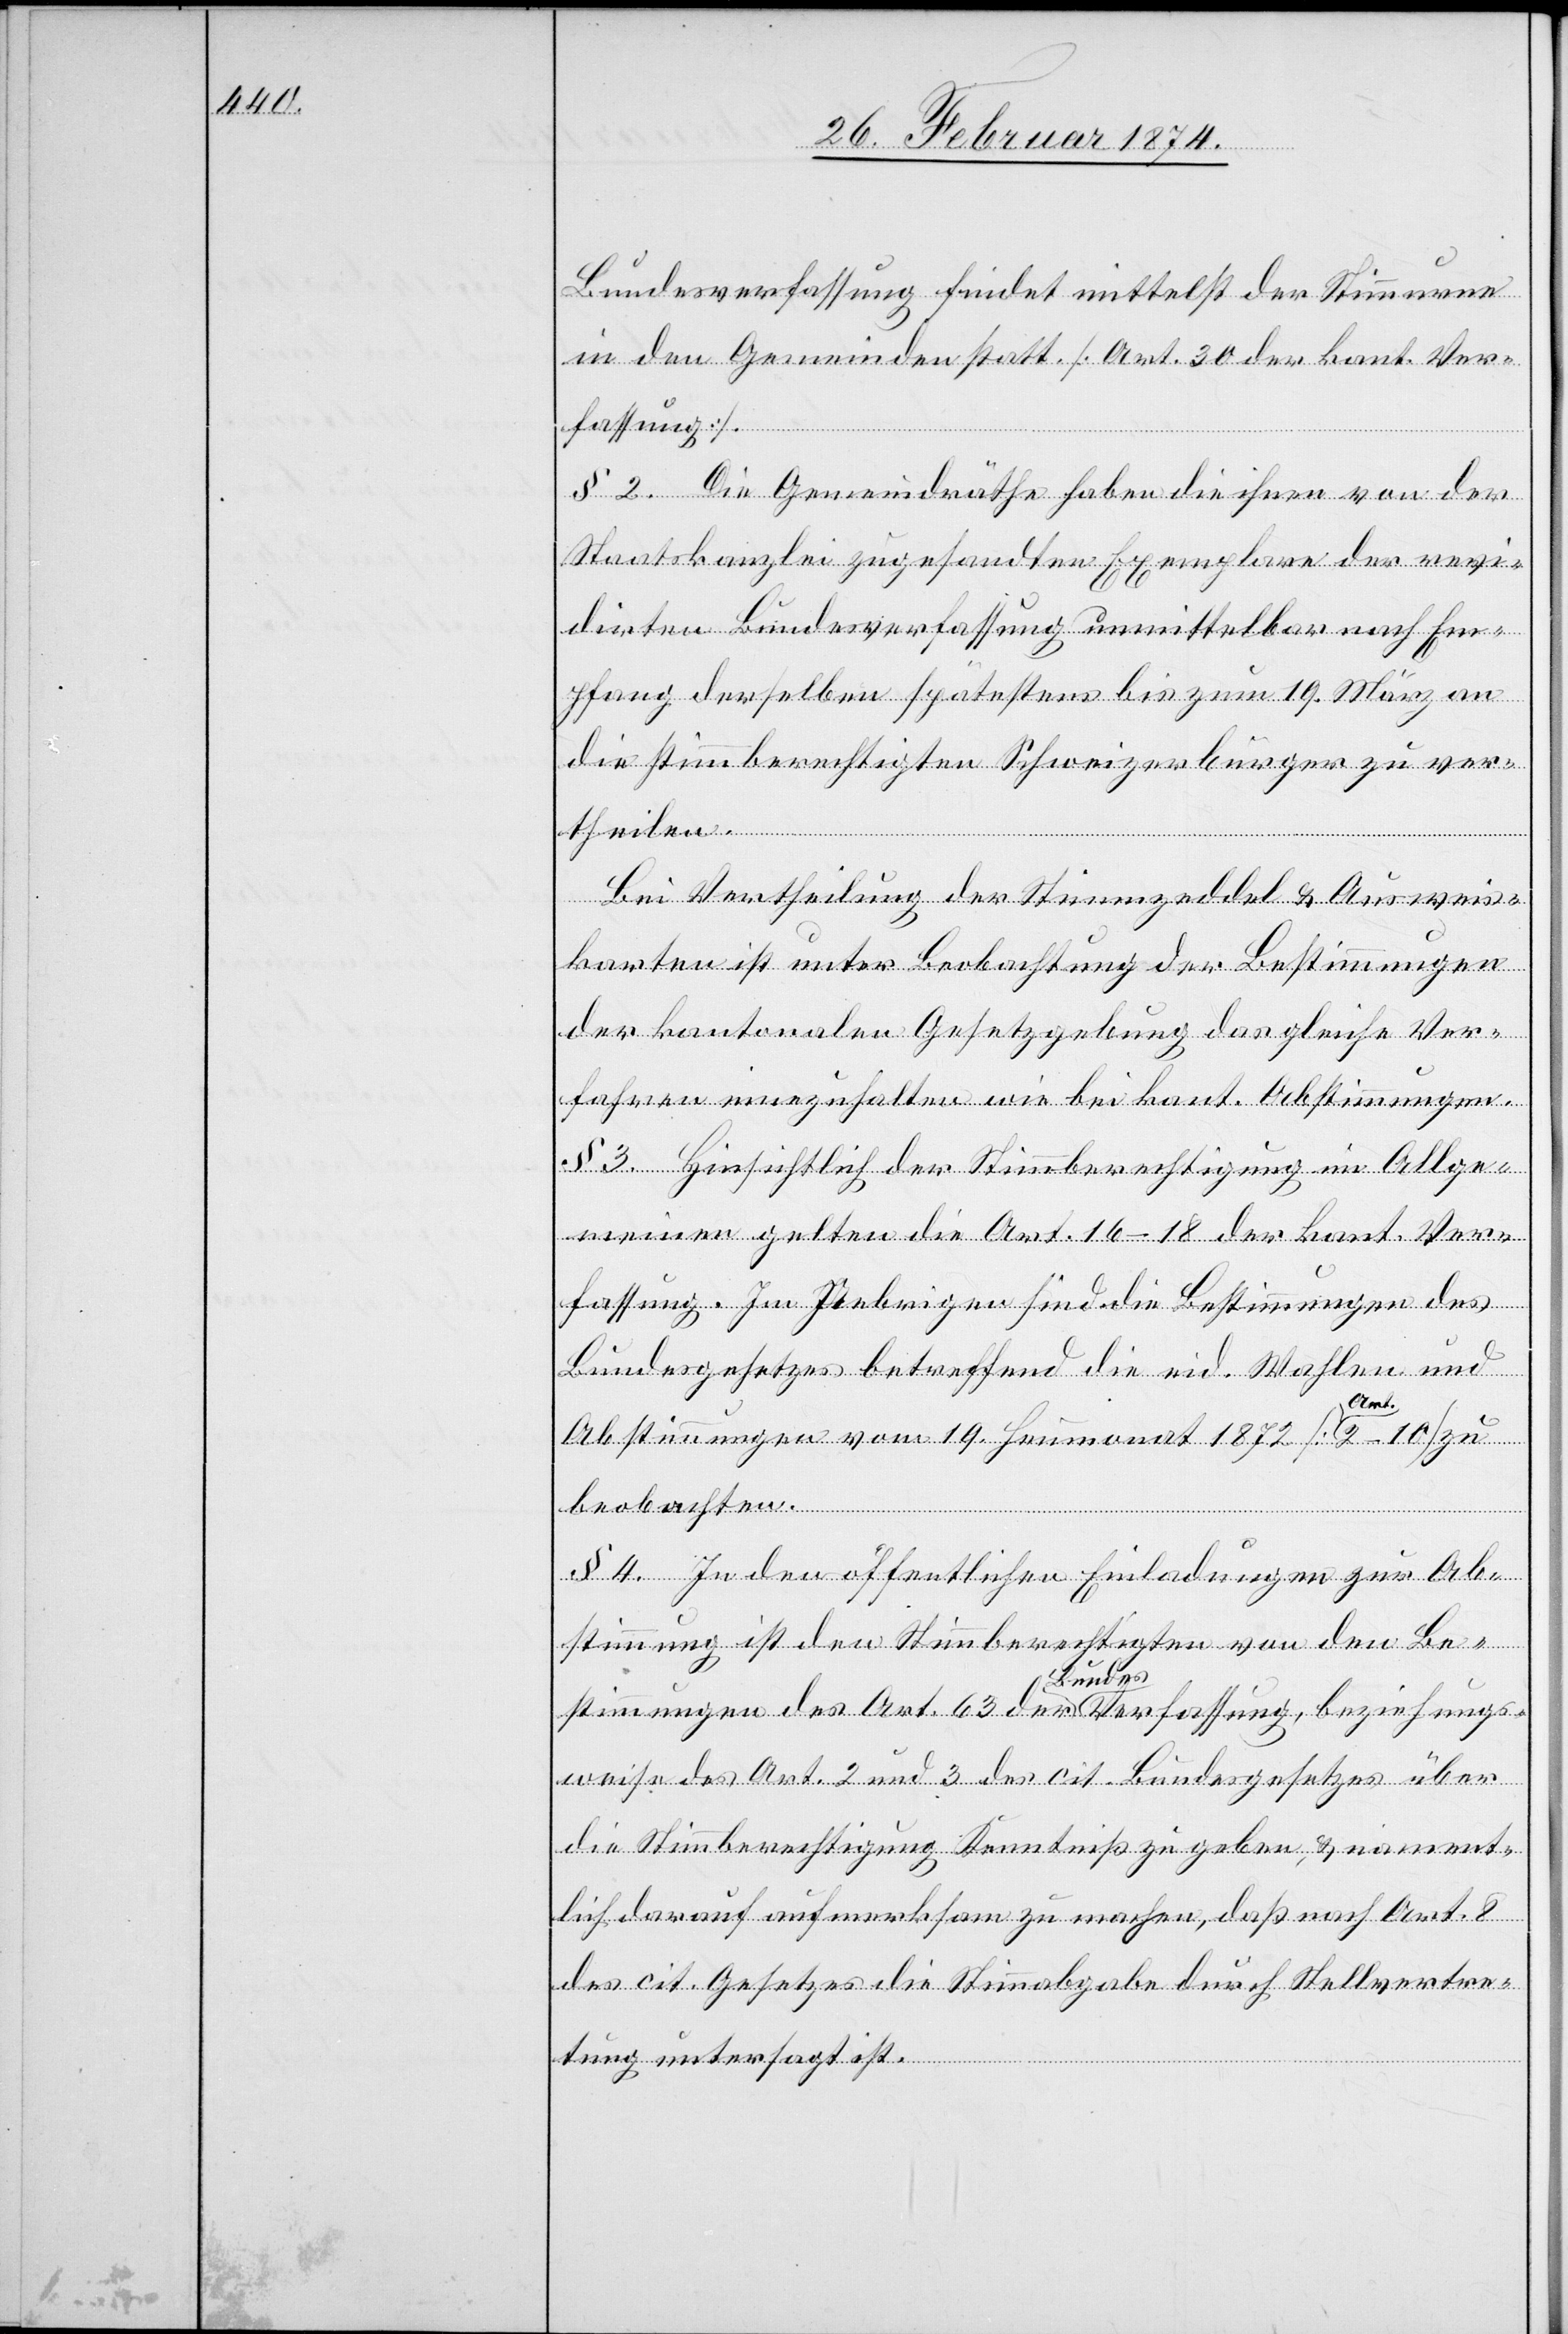
Bundesverfassung findet mittelst der Stimmen
in den Gemeinden statt [Art. 30 der kant. Ver¬
fassung].
§ 2. Die Gemeindräthe haben die ihnen von der
Staatskanzlei zugesandten Exemplare der revi¬
dirten Bundesverfassung unmittelbar nach Em¬
pfang derselben spätestens bis zum 19. März an
die stimmberechtigten Schweizerbürger zu ver¬
theilen.
Bei Vertheilung der Stimmzeddel u. Ausweis¬
karten ist unter Beobachtung der Bestimmungen
der kantonalen Gesetzgebung das gleiche Ver¬
fahren einzuhalten wie bei kant. Abstimmungen.
§ 3. Hinsichtlich der Stimmberechtigung im Allge¬
meinen gelten die Art. 16–18 der kant. Ver¬
fassung. Im Uebrigen sind die Bestimmungen des
Bundesgesetzes betreffend die eid. Wahlen und
Abstimmungen vom 19. Heumonat 1872 [Art. 2–10] zu
beobachten.
§ 4. In den öffentlichen Einladungen zur Ab¬
stimmung ist den Stimmberechtigten von den Be¬
stimmungen des Art. 63 der a-Bundes-averfassung, beziehungs¬
weise des Art. 2 und 3 des cit. Bundesgesetzes über
die Stimmberechtigung Kenntniß zu geben, u. nament¬
lich darauf aufmerksam zu machen, daß nach Art. 8
des cit. Gesetzes die Stimmabgabe durch Stellvertre¬
tung untersagt ist.